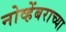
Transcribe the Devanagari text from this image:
नोव्हेंबराच्या